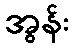
အွန်း